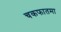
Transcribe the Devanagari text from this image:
चकफातमा